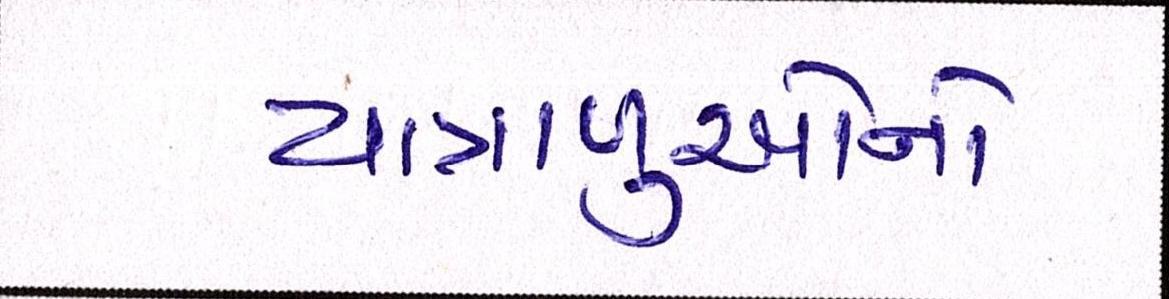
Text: યાત્રાળુઓનો